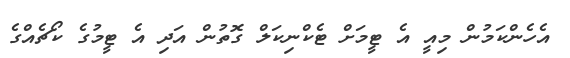
އެހެންކަމުން މިއީ އެ ޓީމަށް ޓެކްނިކަލް ގޮތުން އަދި އެ ޓީމުގެ ކޯޗެއްގެ